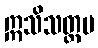
ဣသိသတ္တမ